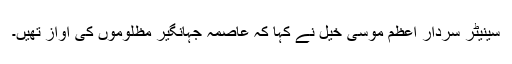
سینیٹر سردار اعظم موسیٰ خیل نے کہا کہ عاصمہ جہانگیر مظلوموں کی آواز تھیں۔